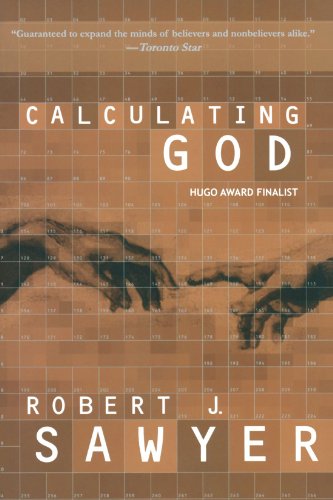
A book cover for Calculating God; Robert J. Sawyer; Literature & Fiction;